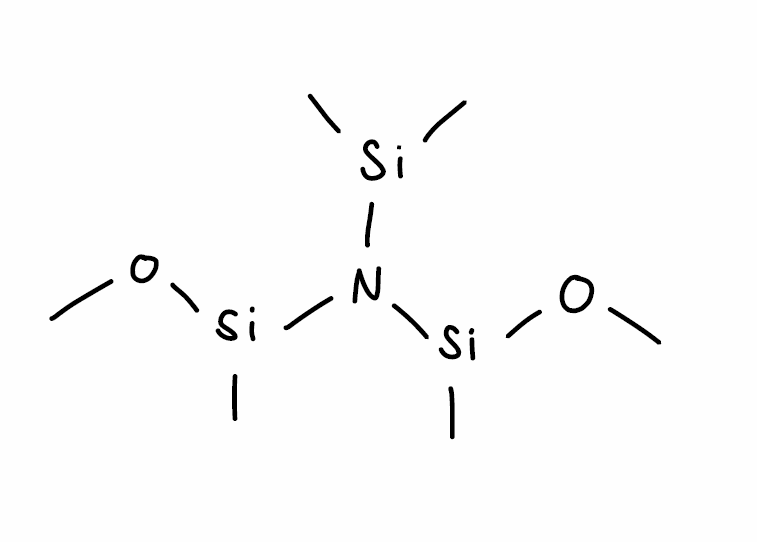
Simplified molecular-input line-entry system (SMILES) notation of the given molecule:
CO[Si](C)N([Si](C)C)[Si](C)OC